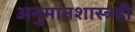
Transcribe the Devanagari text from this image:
अनुमानशास्त्रही